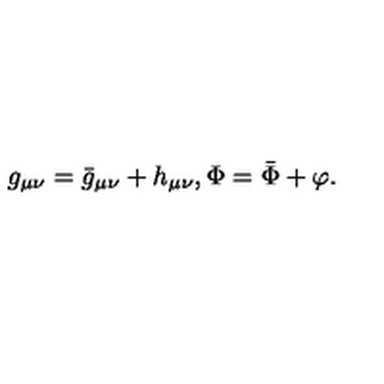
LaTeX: g _ { \mu \nu } = { \bar { g } } _ { \mu \nu } + h _ { \mu \nu } , \Phi = \bar { \Phi } + \varphi .